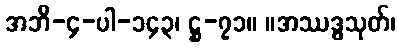
အဘိ-၄-ပါ-၁၄၃၊ ဋ္ဌ-၇၁။ ။အဿဒ္ဓသုတ်၊